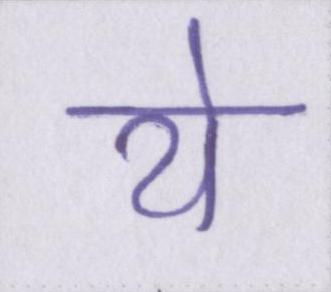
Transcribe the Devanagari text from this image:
ये